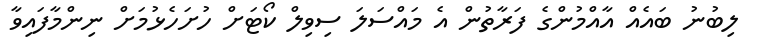
ލިބުނު ބައެއް އާއްމުންގެ ފަރާތުން އެ މައްސަލަ ސިވިލް ކޯޓަށް ހުށަހެޅުމަށް ނިންމާފައިވާ